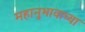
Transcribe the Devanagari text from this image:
महानुभावाच्या